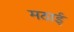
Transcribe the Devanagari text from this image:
मठाई